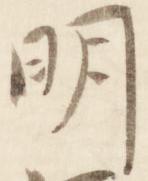
明